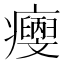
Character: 𤼄